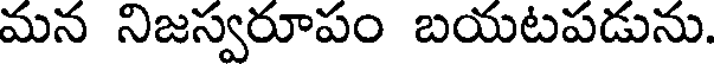
మన నిజస్వరూపం బయటపడును.